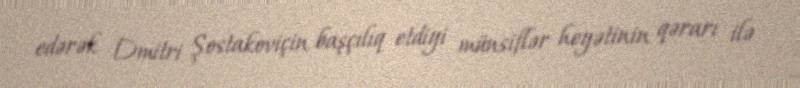
edərək Dmitri Şostakoviçin başçılıq etdiyi münsiflər heyətinin qərarı ilə